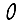
Digit: 0